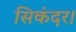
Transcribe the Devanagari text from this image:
सिकंदर।